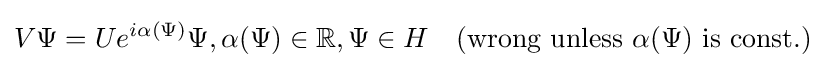
V\Psi =Ue^{i\alpha (\Psi )}\Psi ,\alpha (\Psi )\in \mathbb {R} ,\Psi \in H\quad ({\text{wrong unless }}\alpha (\Psi ){\text{ is const.}})